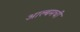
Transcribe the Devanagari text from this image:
आल्बमची